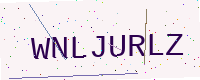
Text: WNLJURLZ